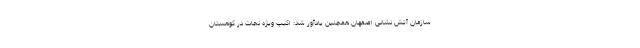
سازمان آتش نشانی اصفهان همچنین یادآور شد: اکیپ ویژه نجات در کوهستان